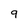
Character: 9